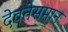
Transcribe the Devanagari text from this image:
देवतेसमान